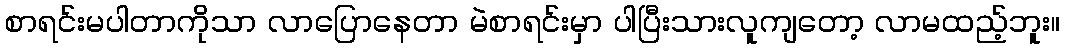
စာရင်းမပါတာကိုသာ လာပြောနေတာ မဲစာရင်းမှာ ပါပြီးသားလူကျတော့ လာမထည့်ဘူး။